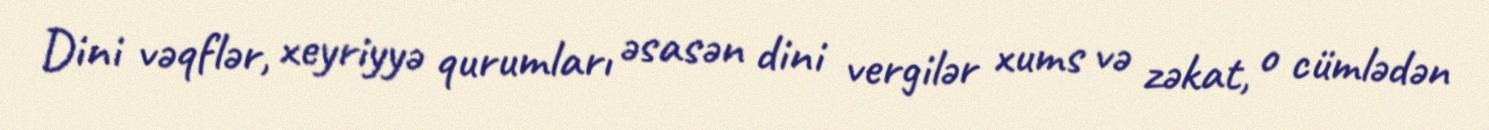
Dini vəqflər, xeyriyyə qurumları əsasən dini vergilər xums və zəkat, o cümlədən